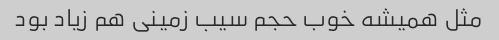
مثل همیشه خوب حجم سیب زمینی هم زیاد بود